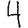
Digit: 4